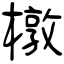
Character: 橔